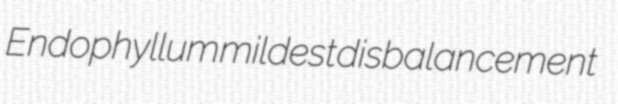
Endophyllum mildest disbalancement